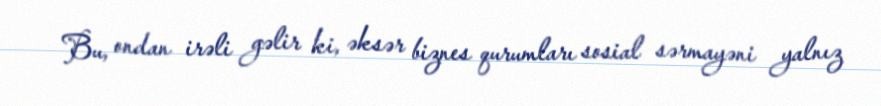
Bu, ondan irəli gəlir ki, əksər biznes qurumları sosial sərmayəni yalnız